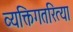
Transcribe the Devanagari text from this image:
व्यक्तिगतरित्या